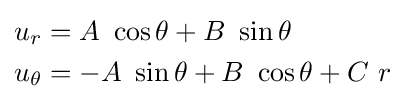
{\begin{aligned}u_{r}&=A~\cos \theta +B~\sin \theta \\u_{\theta }&=-A~\sin \theta +B~\cos \theta +C~r\\\end{aligned}}